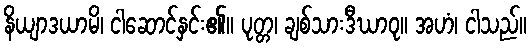
နိယျာဒယာမိ၊ ငါဆောင်နှင်း၏။ ပုတ္တ၊ ချစ်သားဒီဃာဝု။ အဟံ၊ ငါသည်။